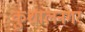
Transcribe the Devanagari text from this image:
कुशालनगर